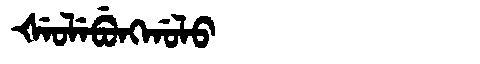
Manchu: ᡧᡝᠣᠯᡝᠪᡠᠩᡤᠣᠯᠣ
Romanization: ŠEOLEBUNGGOLO